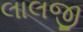
લાલજી